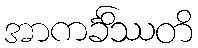
အာကင်္ခိဿတိ